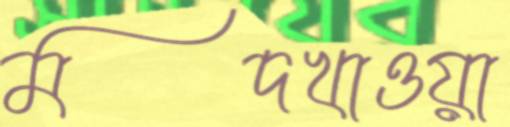
মদখাওয়া